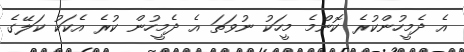
އެ ދެމީހުންކުރެ ކޮންމެ މީހަކު ނުވަތަ އެ ދެމީހުން ކުރެ އެކަކު ކަލޭގެ